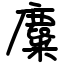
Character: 麋